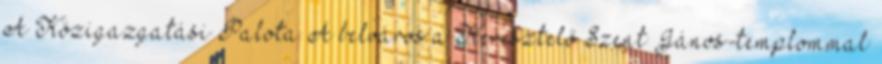
A Közigazgatási Palota A belváros a Keresztelő Szent János-templommal